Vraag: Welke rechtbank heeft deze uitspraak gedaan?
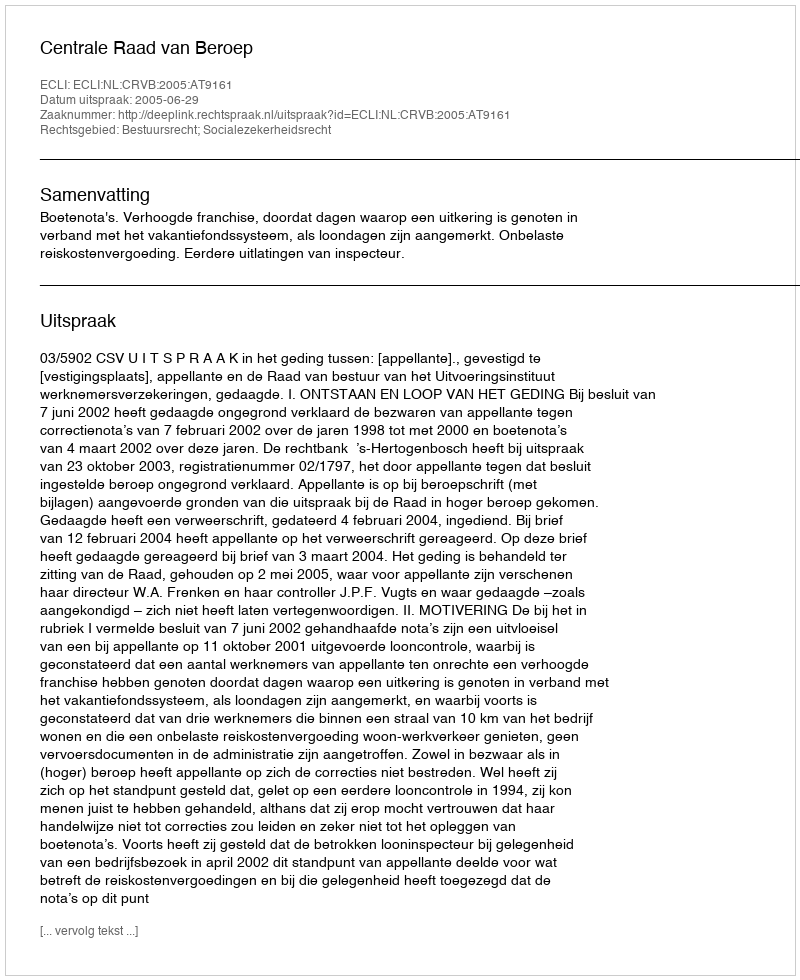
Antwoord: Centrale Raad van Beroep